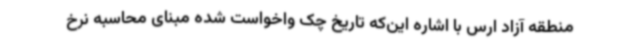
منطقه آزاد ارس با اشاره این‌که تاریخ چک واخواست شده مبنای محاسبه نرخ